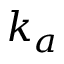
k _ { a }